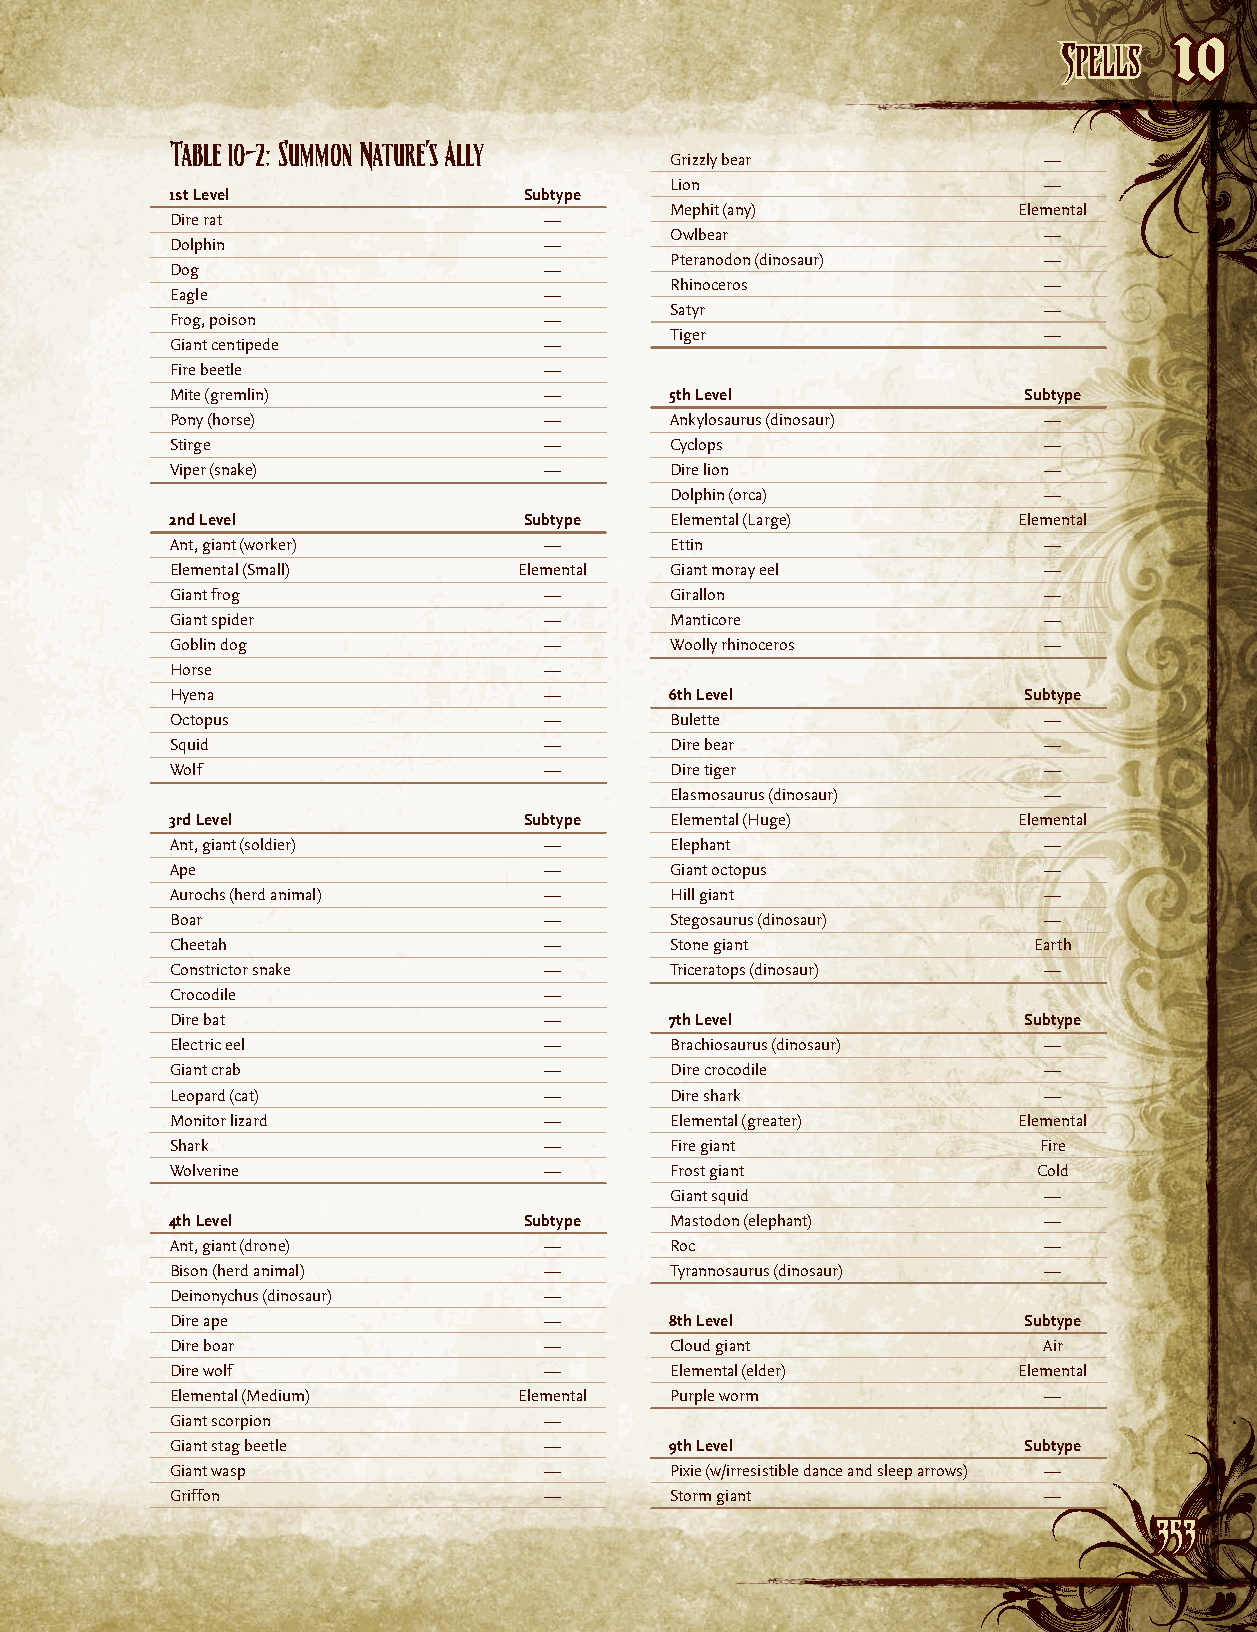
SSppeellllss
 10
 Table 10–2: Summon Nature’s Ally
 Grizzly bear             —
 Lion                     —
 1st level               Subtype
 Mephit (any)           Elemental
 Dire rat                 —
 Owlbear                  —
 Dolphin                  —
 Pteranodon (dinosaur)    —
 Dog                      —
 Rhinoceros               —
 Eagle                    —
 Satyr                    —
 Frog, poison             —
 Tiger                    —
 Giant centipede          —
 Fire beetle              —
 Mite (gremlin)           —       5th level               Subtype
 Pony (horse)             —       Ankylosaurus (dinosaur)  —
 Stirge                   —       Cyclops                  —
 Viper (snake)            —       Dire lion                —
 Dolphin (orca)           —
 2nd level               Subtype  Elemental (Large)      Elemental
 Ant, giant (worker)      —       Ettin                    —
 Elemental (Small)      Elemental Giant moray eel          —
 Giant frog               —       Girallon                 —
 Giant spider             —       Manticore                —
 Goblin dog               —       Woolly rhinoceros        —
 Horse                    —
 Hyena                    —       6th level               Subtype
 Octopus                  —       Bulette                  —
 Squid                    —       Dire bear                —
 Wolf                     —       Dire tiger               —
 Elasmosaurus (dinosaur)  —
 3rd level               Subtype  Elemental (Huge)       Elemental
 Ant, giant (soldier)     —       Elephant                 —
 Ape                      —       Giant octopus            —
 Aurochs (herd animal)    —       Hill giant               —
 Boar                     —       Stegosaurus (dinosaur)   —
 Cheetah                  —       Stone giant             Earth
 Constrictor snake        —       Triceratops (dinosaur)   —
 Crocodile                —
 Dire bat                 —       7th level               Subtype
 Electric eel             —       Brachiosaurus (dinosaur) —
 Giant crab               —       Dire crocodile           —
 Leopard (cat)            —       Dire shark               —
 Monitor lizard           —       Elemental (greater)    Elemental
 Shark                    —       Fire giant               Fire
 Wolverine                —       Frost giant              Cold
 Giant squid              —
 4th level               Subtype  Mastodon (elephant)      —
 Ant, giant (drone)       —       Roc                      —
 Bison (herd animal)      —       Tyrannosaurus (dinosaur) —
 Deinonychus (dinosaur)   —
 Dire ape                 —       8th level               Subtype
 Dire boar                —       Cloud giant              Air
 Dire wolf                —       Elemental (elder)      Elemental
 Elemental (Medium)     Elemental Purple worm              —
 Giant scorpion           —
 Giant stag beetle        —       9th level               Subtype
 Giant wasp               —       Pixie (w/irresistible dance and sleep arrows) —
 Griffon                  —       Storm giant              —
 335533